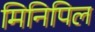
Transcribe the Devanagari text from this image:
मिनिपिल